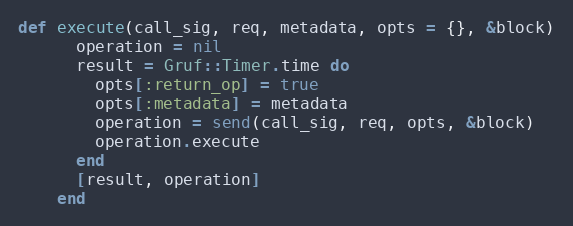
Language: Ruby
def execute(call_sig, req, metadata, opts = {}, &block)
      operation = nil
      result = Gruf::Timer.time do
        opts[:return_op] = true
        opts[:metadata] = metadata
        operation = send(call_sig, req, opts, &block)
        operation.execute
      end
      [result, operation]
    end